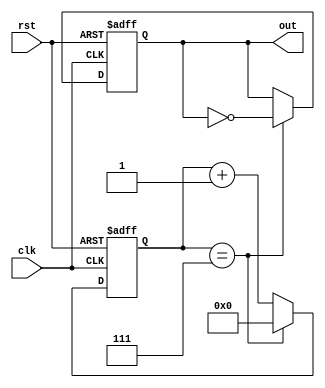
module frequency_synthesizer(
    input clk,
    input rst,
    output reg out
);

reg [7:0] counter;
reg divide;

always @(posedge clk or posedge rst) begin
    if (rst) begin
        counter <= 8'd0;
        divide <= 1'b0;
    end else begin
        if (counter == 8'd7) begin
            divide <= ~divide;
            counter <= 8'd0;
        end else begin
            counter <= counter + 1'b1;
        end
    end
end

assign out = divide;

endmodule